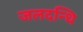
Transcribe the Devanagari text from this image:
जलदन्धि